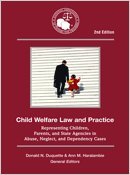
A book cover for Child Welfare Law and Practice; Law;